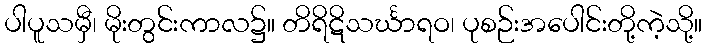
ပါပူသမှီ၊ မိုးတွင်းကာလ၌။ တိရိဋိသင်္ဃာရဝ၊ ပုစဉ်းအပေါင်းတို့ကဲ့သို့။